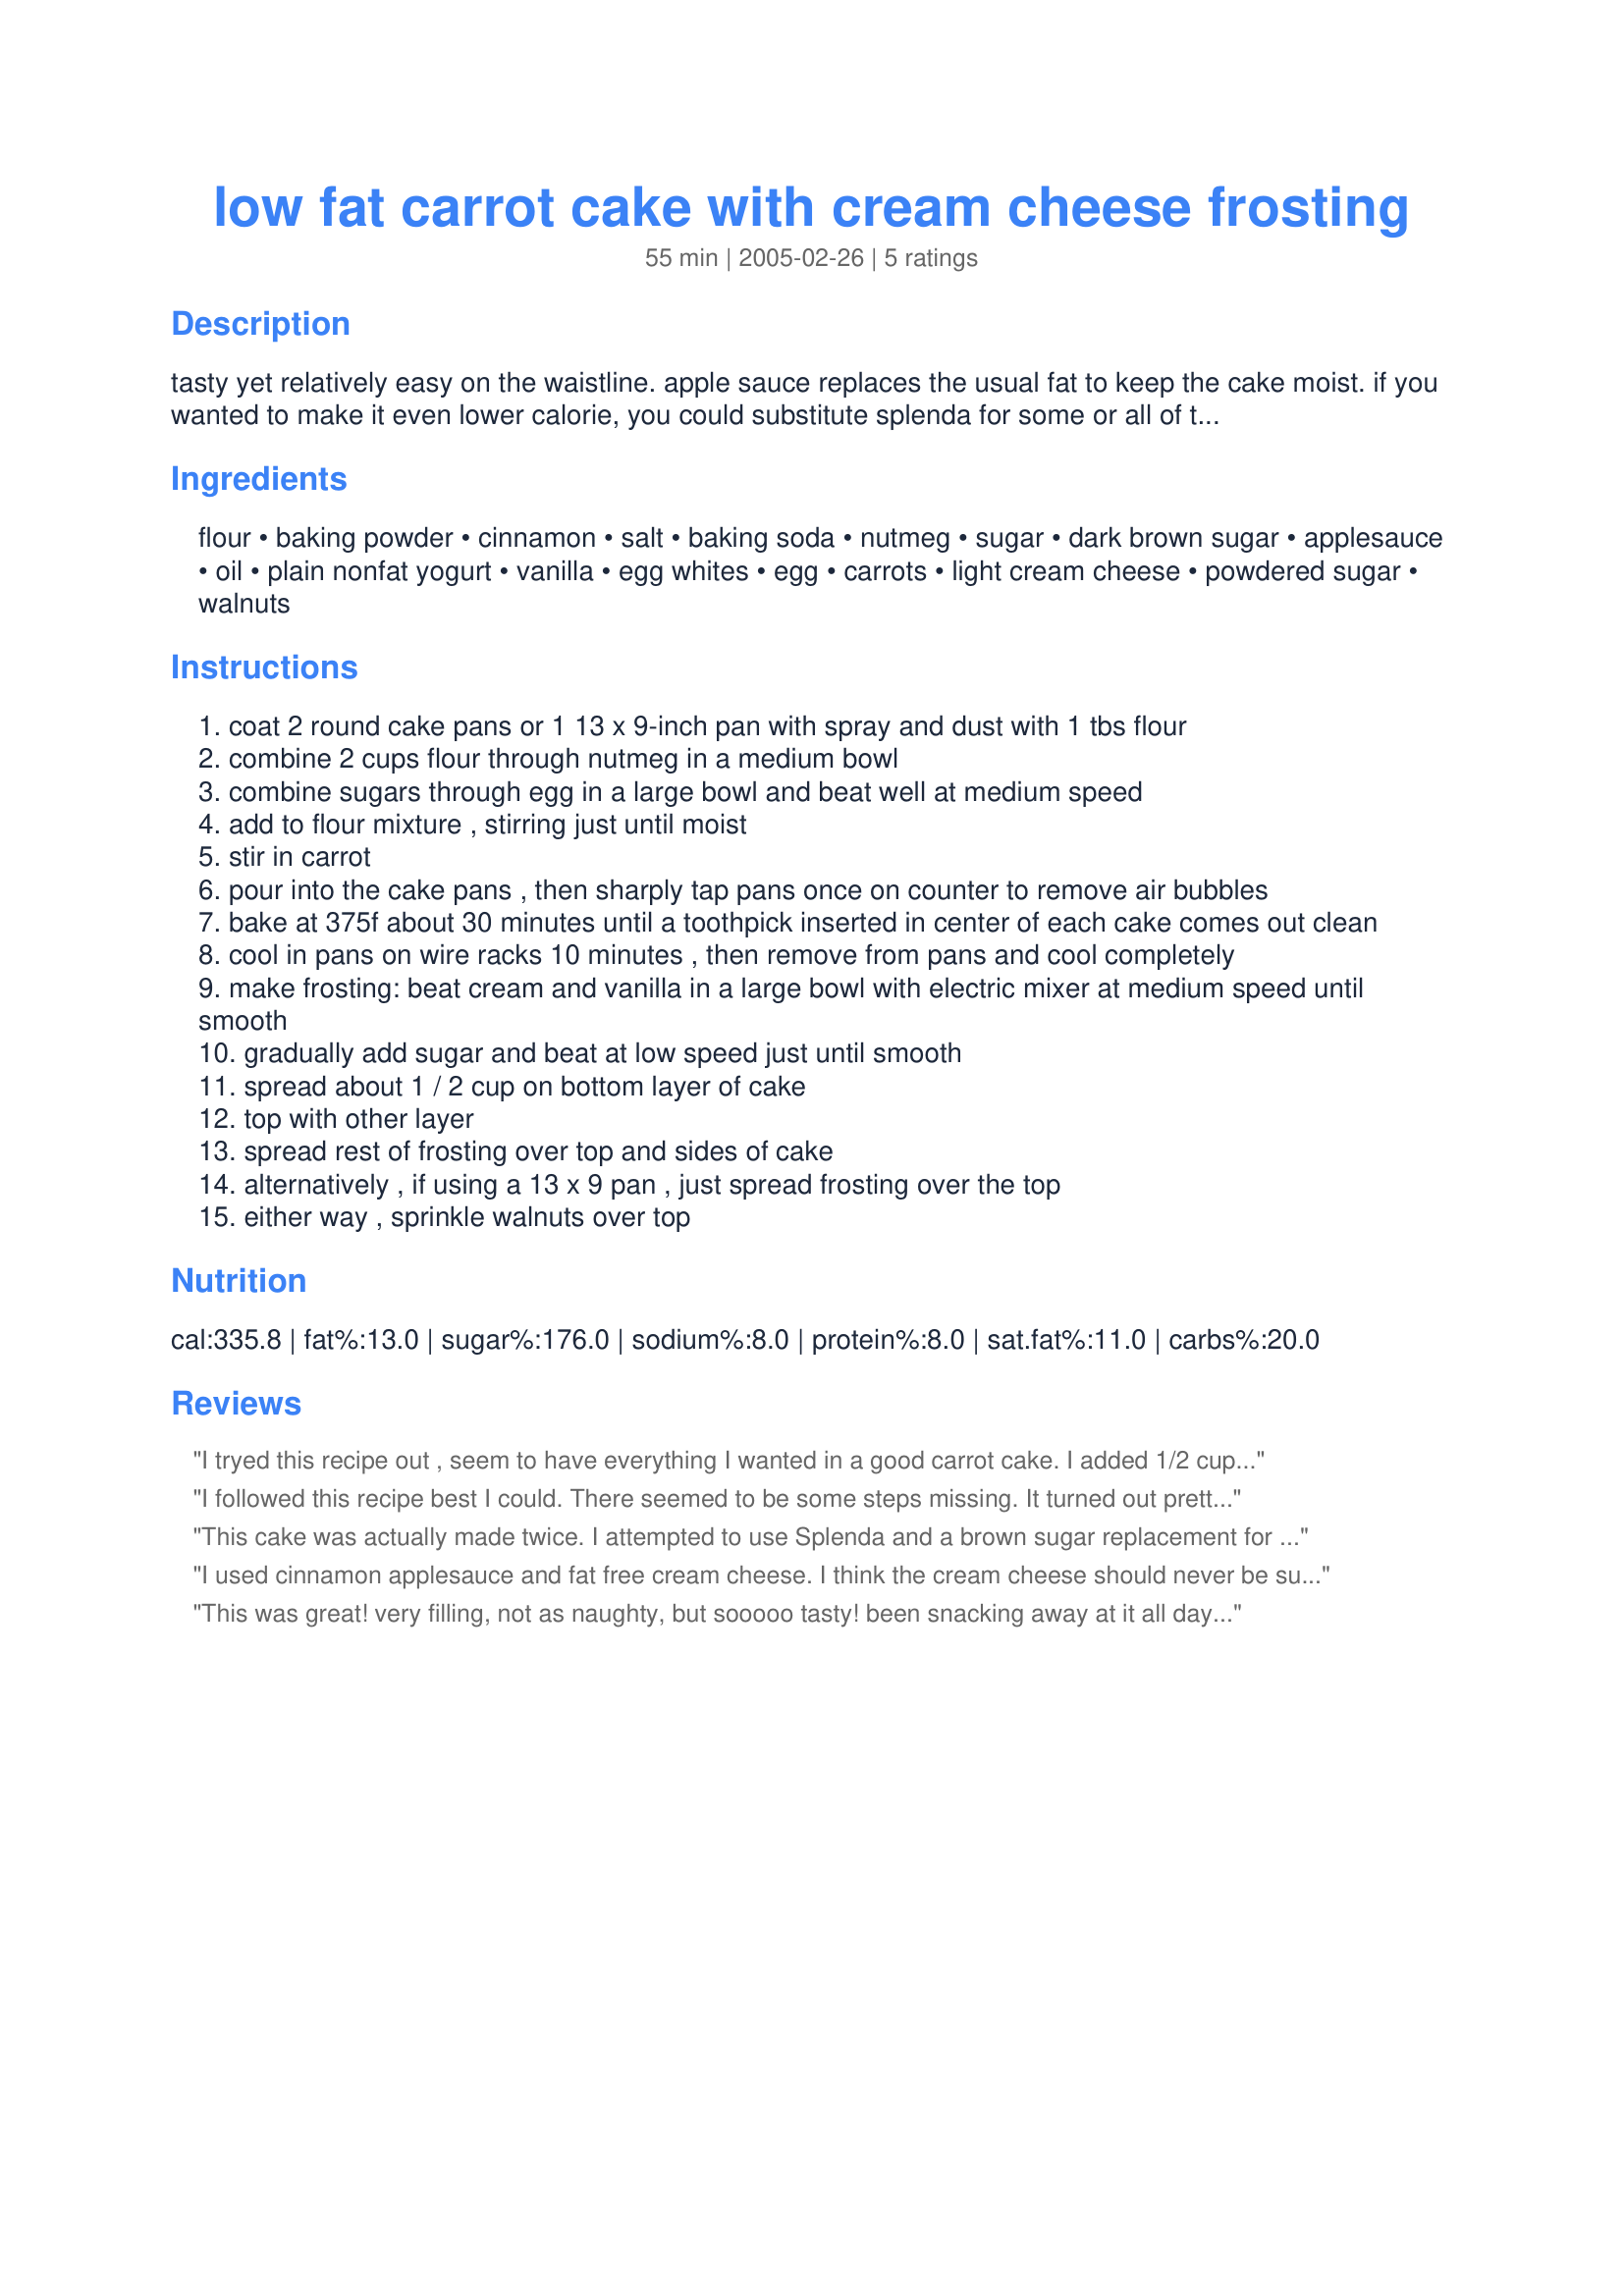
low fat carrot cake with cream cheese frosting
Preparation time: 55 minutes

tasty yet relatively easy on the waistline. apple sauce replaces the usual fat to keep the cake moist. if you wanted to make it even lower calorie, you could substitute splenda for some or all of the sugar.

Ingredients:
flour, baking powder, cinnamon, salt, baking soda, nutmeg, sugar, dark brown sugar, applesauce, oil, plain nonfat yogurt, vanilla, egg whites, egg, carrots, light cream cheese, powdered sugar, walnuts

Steps:
coat 2 round cake pans or 1 13 x 9-inch pan with spray and dust with 1 tbs flour
combine 2 cups flour through nutmeg in a medium bowl
combine sugars through egg in a large bowl and beat well at medium speed
add to flour mixture , stirring just until moist
stir in carrot
pour into the cake pans , then sharply tap pans once on counter to remove air bubbles
bake at 375f about 30 minutes until a toothpick inserted in center of each cake comes out clean
cool in pans on wire racks 10 minutes , then remove from pans and cool completely
make frosting: beat cream and vanilla in a large bowl with electric mixer at medium speed until smooth
gradually add sugar and beat at low speed just until smooth
spread about 1 / 2 cup on bottom layer of cake
top with other layer
spread rest of frosting over top and sides of cake
alternatively , if using a 13 x 9 pan , just spread frosting over the top
either way , sprinkle walnuts over top

Reviews:
I tryed this recipe out , seem to have everything I wanted in a good carrot cake. I added 1/2 cup of cream cheese in the batter although it didnt call for it . Just adds to the moist texture. Anyway great recipe
kirt
I followed this recipe best I could. There seemed to be some steps missing. It turned out pretty heavy...more like a pound cake or a bread than a "cake". Regardless, it tasted pretty good. The cream cheese frosting was excellent with low fat cream cheese. I also added walnuts to the cake, rather than the frosting. I don't think I will make this again though...I was looking for more of a cakey cake than a bready cake.
This cake was actually made twice. I attempted to use Splenda and a brown sugar replacement for half the sugar. It was a bust! Then I realized that my cake pans were not 8-in but 9 and as they were hot and I needed to get the cake made for dinner guests, I put the batter in a 9x13 rectangular pan. I was out of cinnamon but did have some Applie Pie Spice and used that instead of the cinnamon and nutmeg. For the cream cheese, I used the called for amount of Neufchatel cheese and thinned the frosting ever so slightly (1 ½ teaspoons) with milk. It was very moist and delicious. One of the people I served it to isn’t to fond of overly sweet desserts and they ate 2 pieces. Thanks for posting.
I used cinnamon applesauce and fat free cream cheese. I think the cream cheese should never be substituted. It was still pretty good!
This was great! very filling, not as naughty, but sooooo tasty! been snacking away at it all day! I didnt out in a 1/4 of the sugar but it didnt need it-there was plenty in there.
Good idea with the apple sauce, it really does keep it moist! -thanks!
